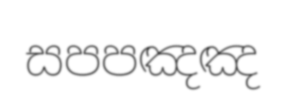
සපපඤඤ